Lunatic asylums in Bengal annual reports 1912-1924 - 1912-1924
Year: 1912
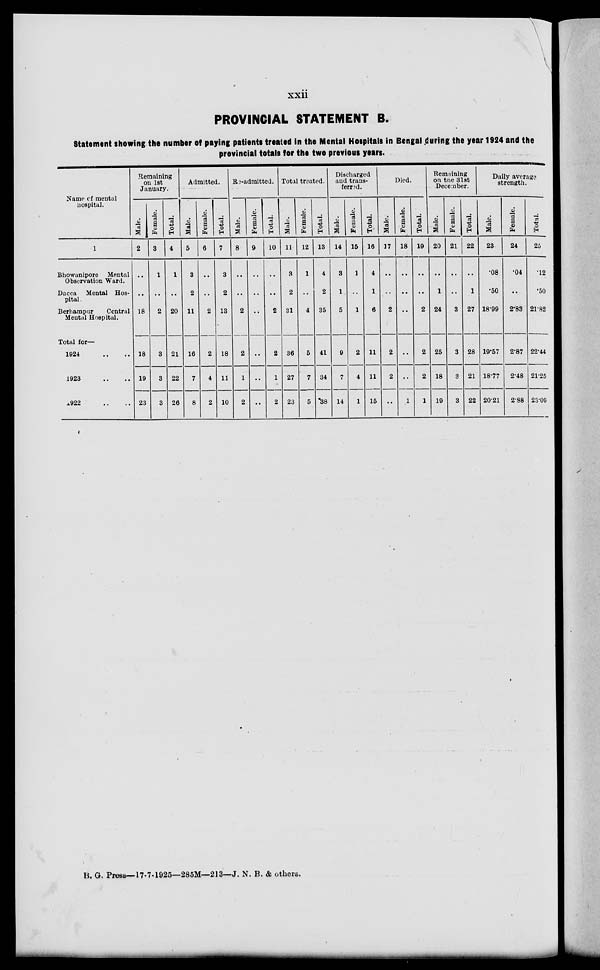
xxii
PROVINCIAL STATEMENT B.
Statement showing the number of paying patients treated in the Mental Hospitals in Bengal during the year 1924 and the
provincial totals for the two previous years.
Name of mental
hospital.
1
Bhowanipore
Mental
Observation Ward.
Dacca
Mental Hos-
pital
Berhampur
Central
Mental Hospital.
Total for—
1924 .. ..
1923 .. ..
1922 .. ..
Remaining
on 1st
January.
Male.
2
..
..
18
18
19
23
Female.
3
1
..
2
3
3
3
Total.
4
1
..
20
21
22
26
Admitted.
Male.
5
3
2
11
16
7
8
Female.
6
..
..
2
2
4
2
Total.
7
3
2
13
18
11
10
Re-admitted.
Male.
8
..
..
2
2
1
2
Female.
9
..
..
..
..
..
..
Total.
10
..
..
2
2
1
2
Total treated.
Male.
11
3
2
31
36
27
23
Female.
12
1
..
4
5
7
5
Total.
13
4
2
35
41
34
38
Discharged
and trans-
ferred.
Male.
14
3
1
5
9
7
14
Female.
15
1
..
1
2
4
1
Total.
16
4
1
6
11
11
15
Died.
Male.
17
..
..
2
2
2
..
Female.
18
..
..
..
..
..
1
Total.
19
..
..
2
2
2
1
Remaining
on the 31st
December.
Male.
20
..
1
24
25
18
19
Female.
21
..
..
3
3
3
3
Total.
22
..
1
27
28
21
22
Daily average
strength.
Male.
23
.08
.50
18.99
19.57
18.77
20.21
Female.
24
.04
..
2.83
2.87
2.48
2.88
Total.
25
.12
.50
21.82
22.44
21.25
23.09
B. G. Press—17-7-1925—285M—213—J. N. B. & others.